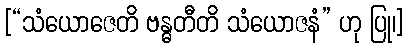
[“သံယောဇေတိ ဗန္ဓတီတိ သံယောဇနံ” ဟု ပြု၊]